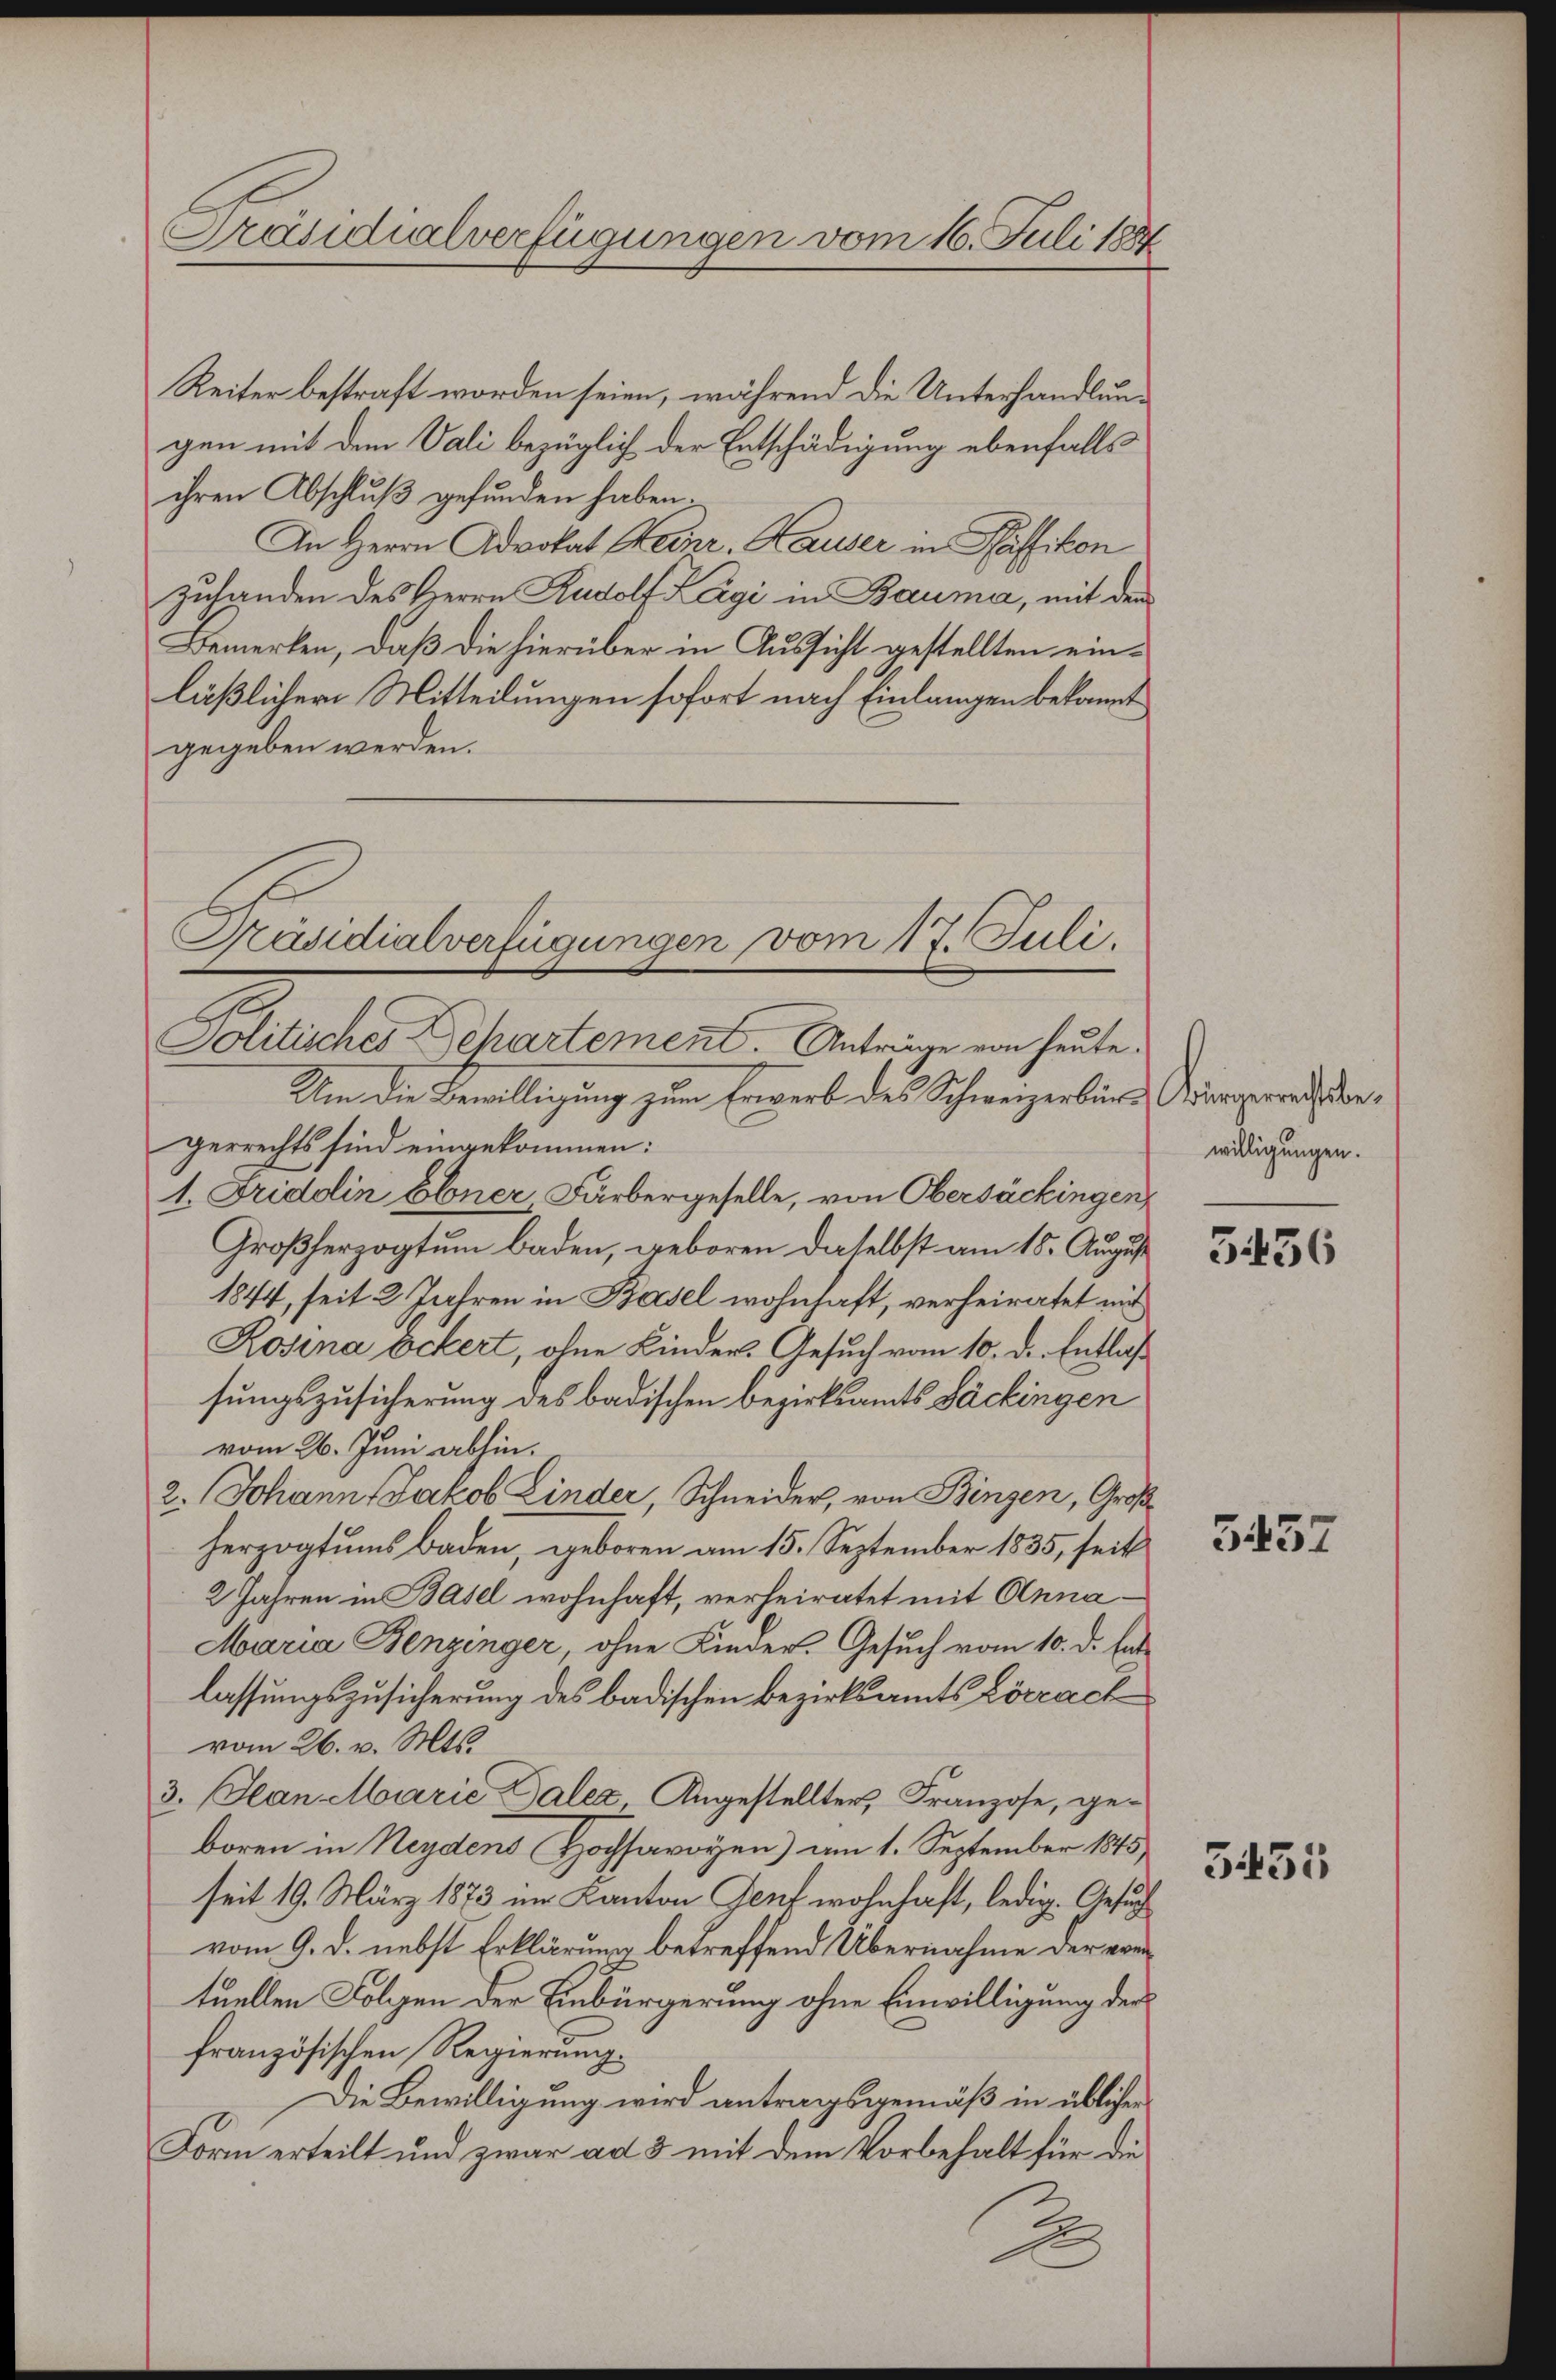
Reiter bestraft worden seien, während die Unterhandlungen mit dem Vali bezüglich der Entschädigung ebenfalls
ihren Abschluß gefunden haben.
An Herrn Advokat Heinr. Hauser in Pfäffikon
zuhanden des Herrn Rudolf Kägi in Bauma, mit dem
Bemerken, daß die hierüber in Aussicht gestellten einläßlicher Mitteilungen sofort nach Einlangen bekannt
gegeben werden.

Präsidialverfügungen vom 16. Juli 188

Präsidialverfügungen vom 17. Juli.
Politisches Departement. Anträge von heute.

Um die Bewilligung zum Erwerb des Schweizerbürg Aergerrath dargerrechts sind eingekommen:
1. Fridolin Ebner, Färbergeselle, von Obersäckingen,
Großherzogtum baden, geboren daselbst am 15. August
1844, seit 2 Jahren in Basel wohnhaft, verheiratet mit
Rosina Ockert, ohne Kinder. Gesuch vom 10. d. Entlaß
sungszusicherung des badischen Bezirksamts Säckingen
vom 26. Juni abhin.
2. Johann Jakob Linder, Schneider, von Bingen, Großherzogtums Baden, geboren am 15. September 1835, seit
2 Jahren in Basel wohnhaft, verheiratet mit Anna¬
Maria Benzinger, ohne Kinder. Gesuch vom 10. d. Ent
lassungszusicherung des badischen Bezirksamts Lörrach
vom 26. v. Mts.
3. Jean Marie Palea Angestellter, Franzose, geboren in Neydens Hochsavoyen) am 1. September 1845,
seit 19. März 1873 im Kanton Genf wohnhaft, ledig. Gesuch
vom 9. d. nebst Erklärung betreffend Übernahme der von
tuellen Folgen der Einbürgerung ohne Einwilligung der
französischen Regierung.
Die Bewilligung wird antragsgemäß in üblicher
Form erteilt und zwar ad 3 mit dem Vorbehalt für die
2

willigungen.

5436

5457

3435